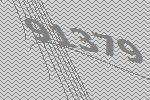
91379